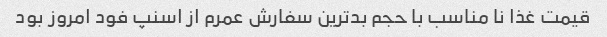
قیمت غذا نا مناسب با حجم بدترین سفارش عمرم از اسنپ فود امروز بود